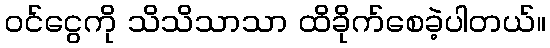
ဝင်ငွေကို သိသိသာသာ ထိခိုက်စေခဲ့ပါတယ်။